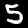
Label: 5